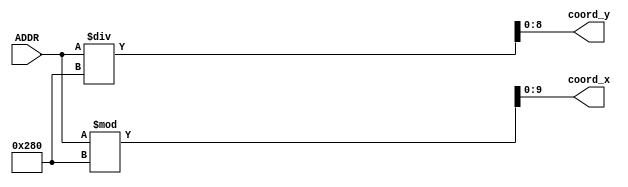
module addr2coord(coord_x, coord_y, ADDR);

input [18:0] ADDR;
output reg [9:0] coord_x;
output reg [8:0] coord_y;

always @(*)
begin
coord_x = ADDR%10'd640;
coord_y = ADDR/10'd640;
end

endmodule